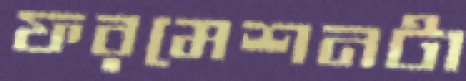
ফরমেশনটা